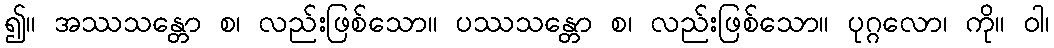
၍။ အဿသန္တော စ၊ လည်းဖြစ်သော။ ပဿသန္တော စ၊ လည်းဖြစ်သော။ ပုဂ္ဂလော၊ ကို။ ဝါ၊